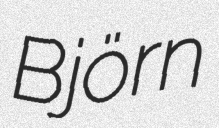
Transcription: Björn